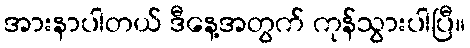
အားနာပါတယ် ဒီနေ့အတွက် ကုန်သွားပါပြီ။